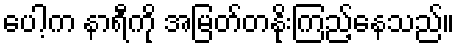
ပေါ့က နာရီကို အမြတ်တနိုးကြည့်နေသည်။